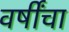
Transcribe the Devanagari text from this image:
वर्षींचा